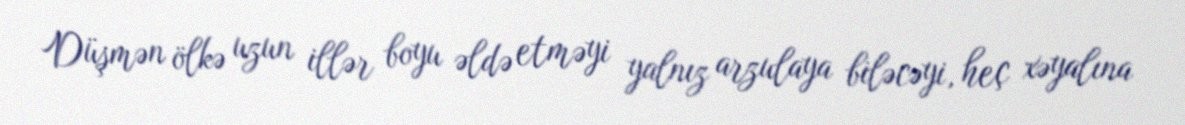
Düşmən ölkə uzun illər boyu əldə etməyi yalnız arzulaya biləcəyi, heç xəyalına